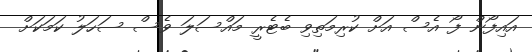
އައިފޯން ފޯ އެސް އަށް ކުރިމަތިވި ބެޓެރީ މައްސަލަ ވެސް ސަހަލު ކަމަކަށް